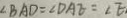
\angle B A D = \angle D A E = \angle E .